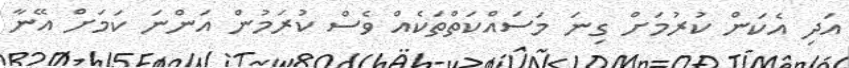
އަދި އެކަން ކުރުމަށް ގިނަ މަސައްކަތްތަކެއް ވެސް ކުރަމުން އަންނަ ކަމަށް އޭނާ